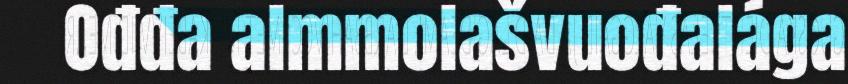
Ođđa almmolašvuođalága